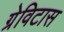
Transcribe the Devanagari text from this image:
ग्रेविटास